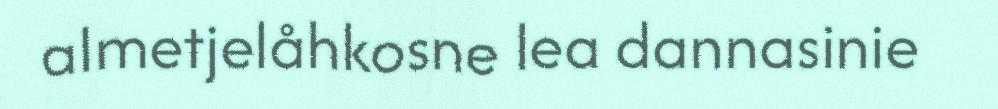
almetjelåhkosne lea dannasinie